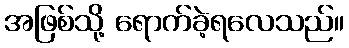
အဖြစ်သို့ ရောက်ခဲ့ရလေသည်။